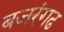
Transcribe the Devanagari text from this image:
बजरंगढ